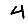
Digit: 4